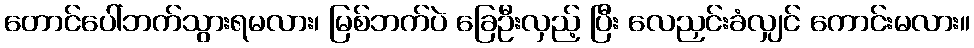
တောင်ပေါ်ဘက်သွားရမလား၊ မြစ်ဘက်ပဲ ခြေဦးလှည့် ပြီး လေညှင်းခံလျှင် ကောင်းမလား။